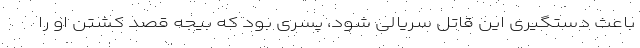
باعث دستگیری این قاتل سریالی شود، پسری بود که بیجه قصد کشتن او را